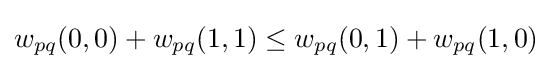
w_{pq}(0,0)+w_{pq}(1,1)\leq w_{pq}(0,1)+w_{pq}(1,0)